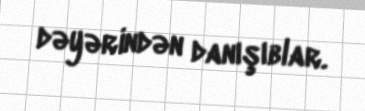
dəyərindən danışıblar.